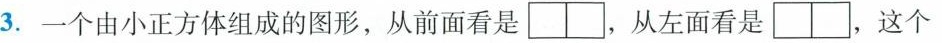
3.一个由小正方体组成的图形，从前面看是 ，从左面看是 这个